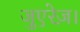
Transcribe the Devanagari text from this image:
जुएरेज़।